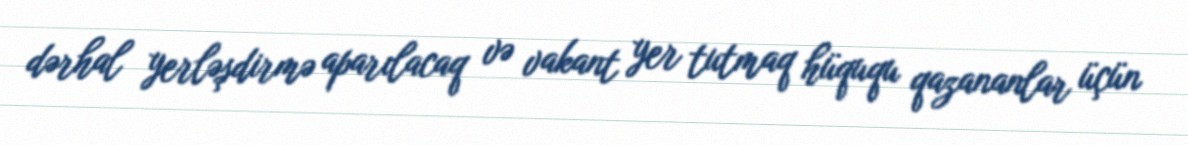
dərhal yerləşdirmə aparılacaq və vakant yer tutmaq hüququ qazananlar üçün